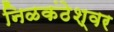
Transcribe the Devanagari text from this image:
निळकंठेश्वर